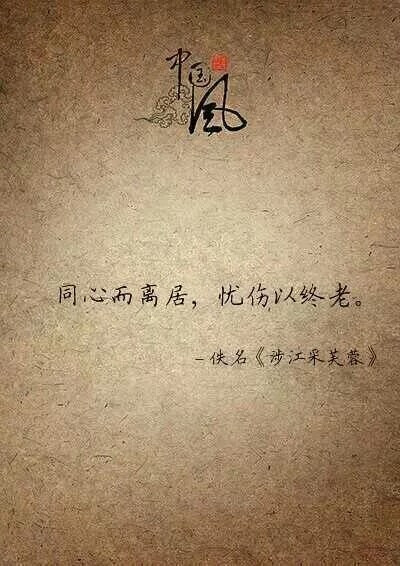
同心而离居，忧伤以终老。